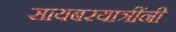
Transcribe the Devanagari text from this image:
सायबरयात्रींनी